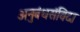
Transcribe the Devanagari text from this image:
अनुबंधसंविदा